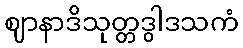
ဈာနာဒိသုတ္တဒွါဒသကံ